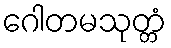
ဂေါတမသုတ္တံ